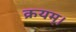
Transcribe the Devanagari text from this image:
क्रयम्।